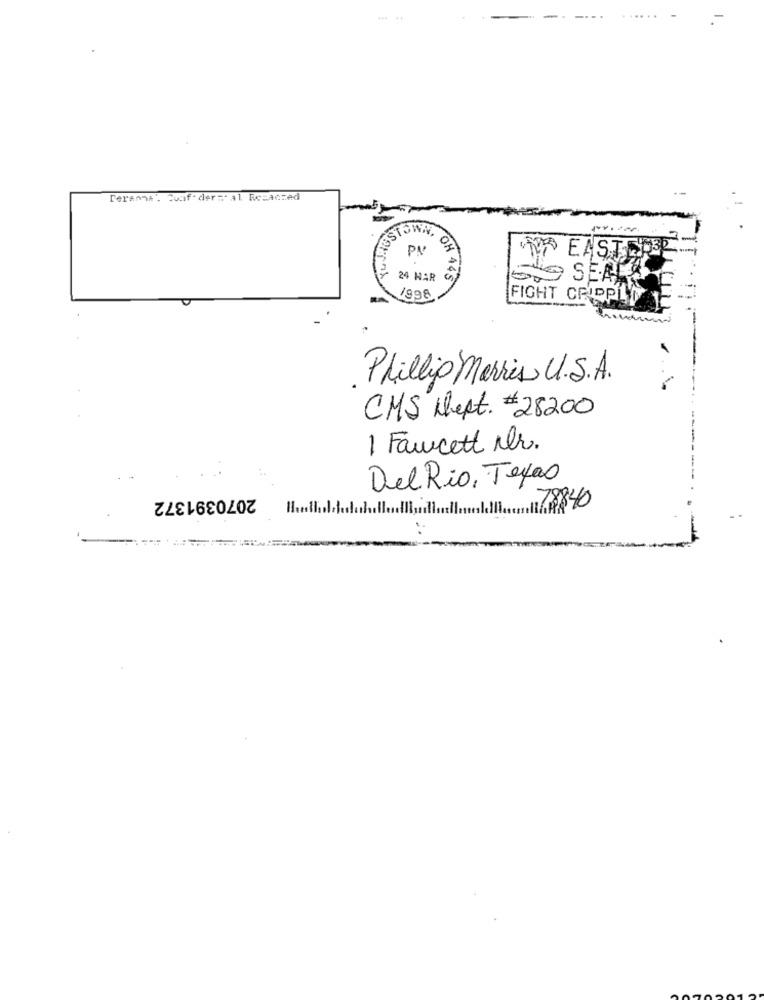
Teranna . Cuaf- der =- al Resacred
STOWN,
Sort
PU
49 EAST
24 HAR
OH 445
SEAL
1998
FIGHT CRIPPLED
Phillip Morris U.S.A.
CMS Dept. #28200
1 Fawcett Mr.
Del Rio, Texas
2070391372